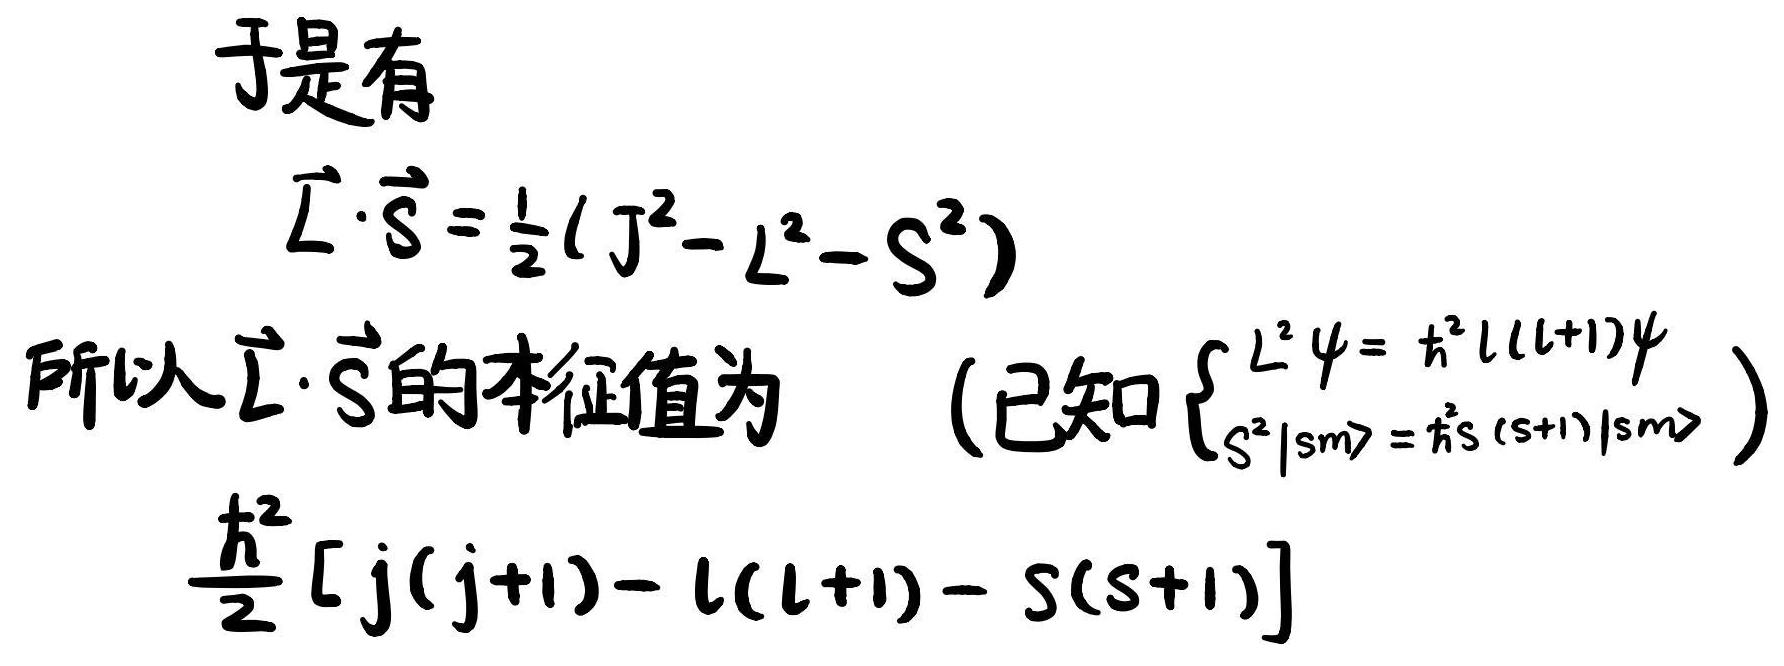
于是有
\[
\vec{L} \cdot \vec{S} = \frac{1}{2} (J^2 - L^2 - S^2)
\]
所以$\vec{L} \cdot \vec{S}$的本征值为 （已知$\begin{cases} L^2 \psi = \hbar^2 l(l + 1)\psi \\ S^2 |sm\rangle = \hbar^2 s(s + 1)|sm\rangle \end{cases}$）
\[
\frac{\hbar^2}{2} [j(j + 1) - l(l + 1) - s(s + 1)]
\]